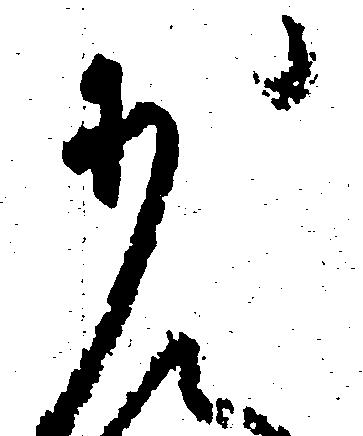
少